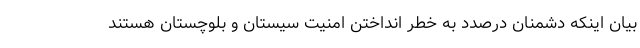
بیان اینکه ‌دشمنان درصدد به خطر انداختن امنیت سیستان و بلوچستان هستند